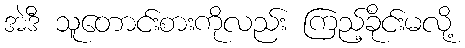
အဲဒီ သူတောင်းစားကိုလည်း ကြည့်ခိုင်းမလို့